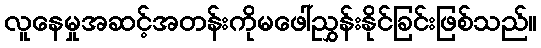
လူနေမှုအဆင့်အတန်းကိုမဖေါ်ညွှန်းနိုင်ခြင်းဖြစ်သည်။